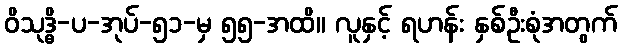
ဝိသုဒ္ဓိ-ပ-အုပ်-၅၁-မှ ၅၅-အထိ။ လူနှင့် ရဟန်း နှစ်ဦးစုံအတွက်